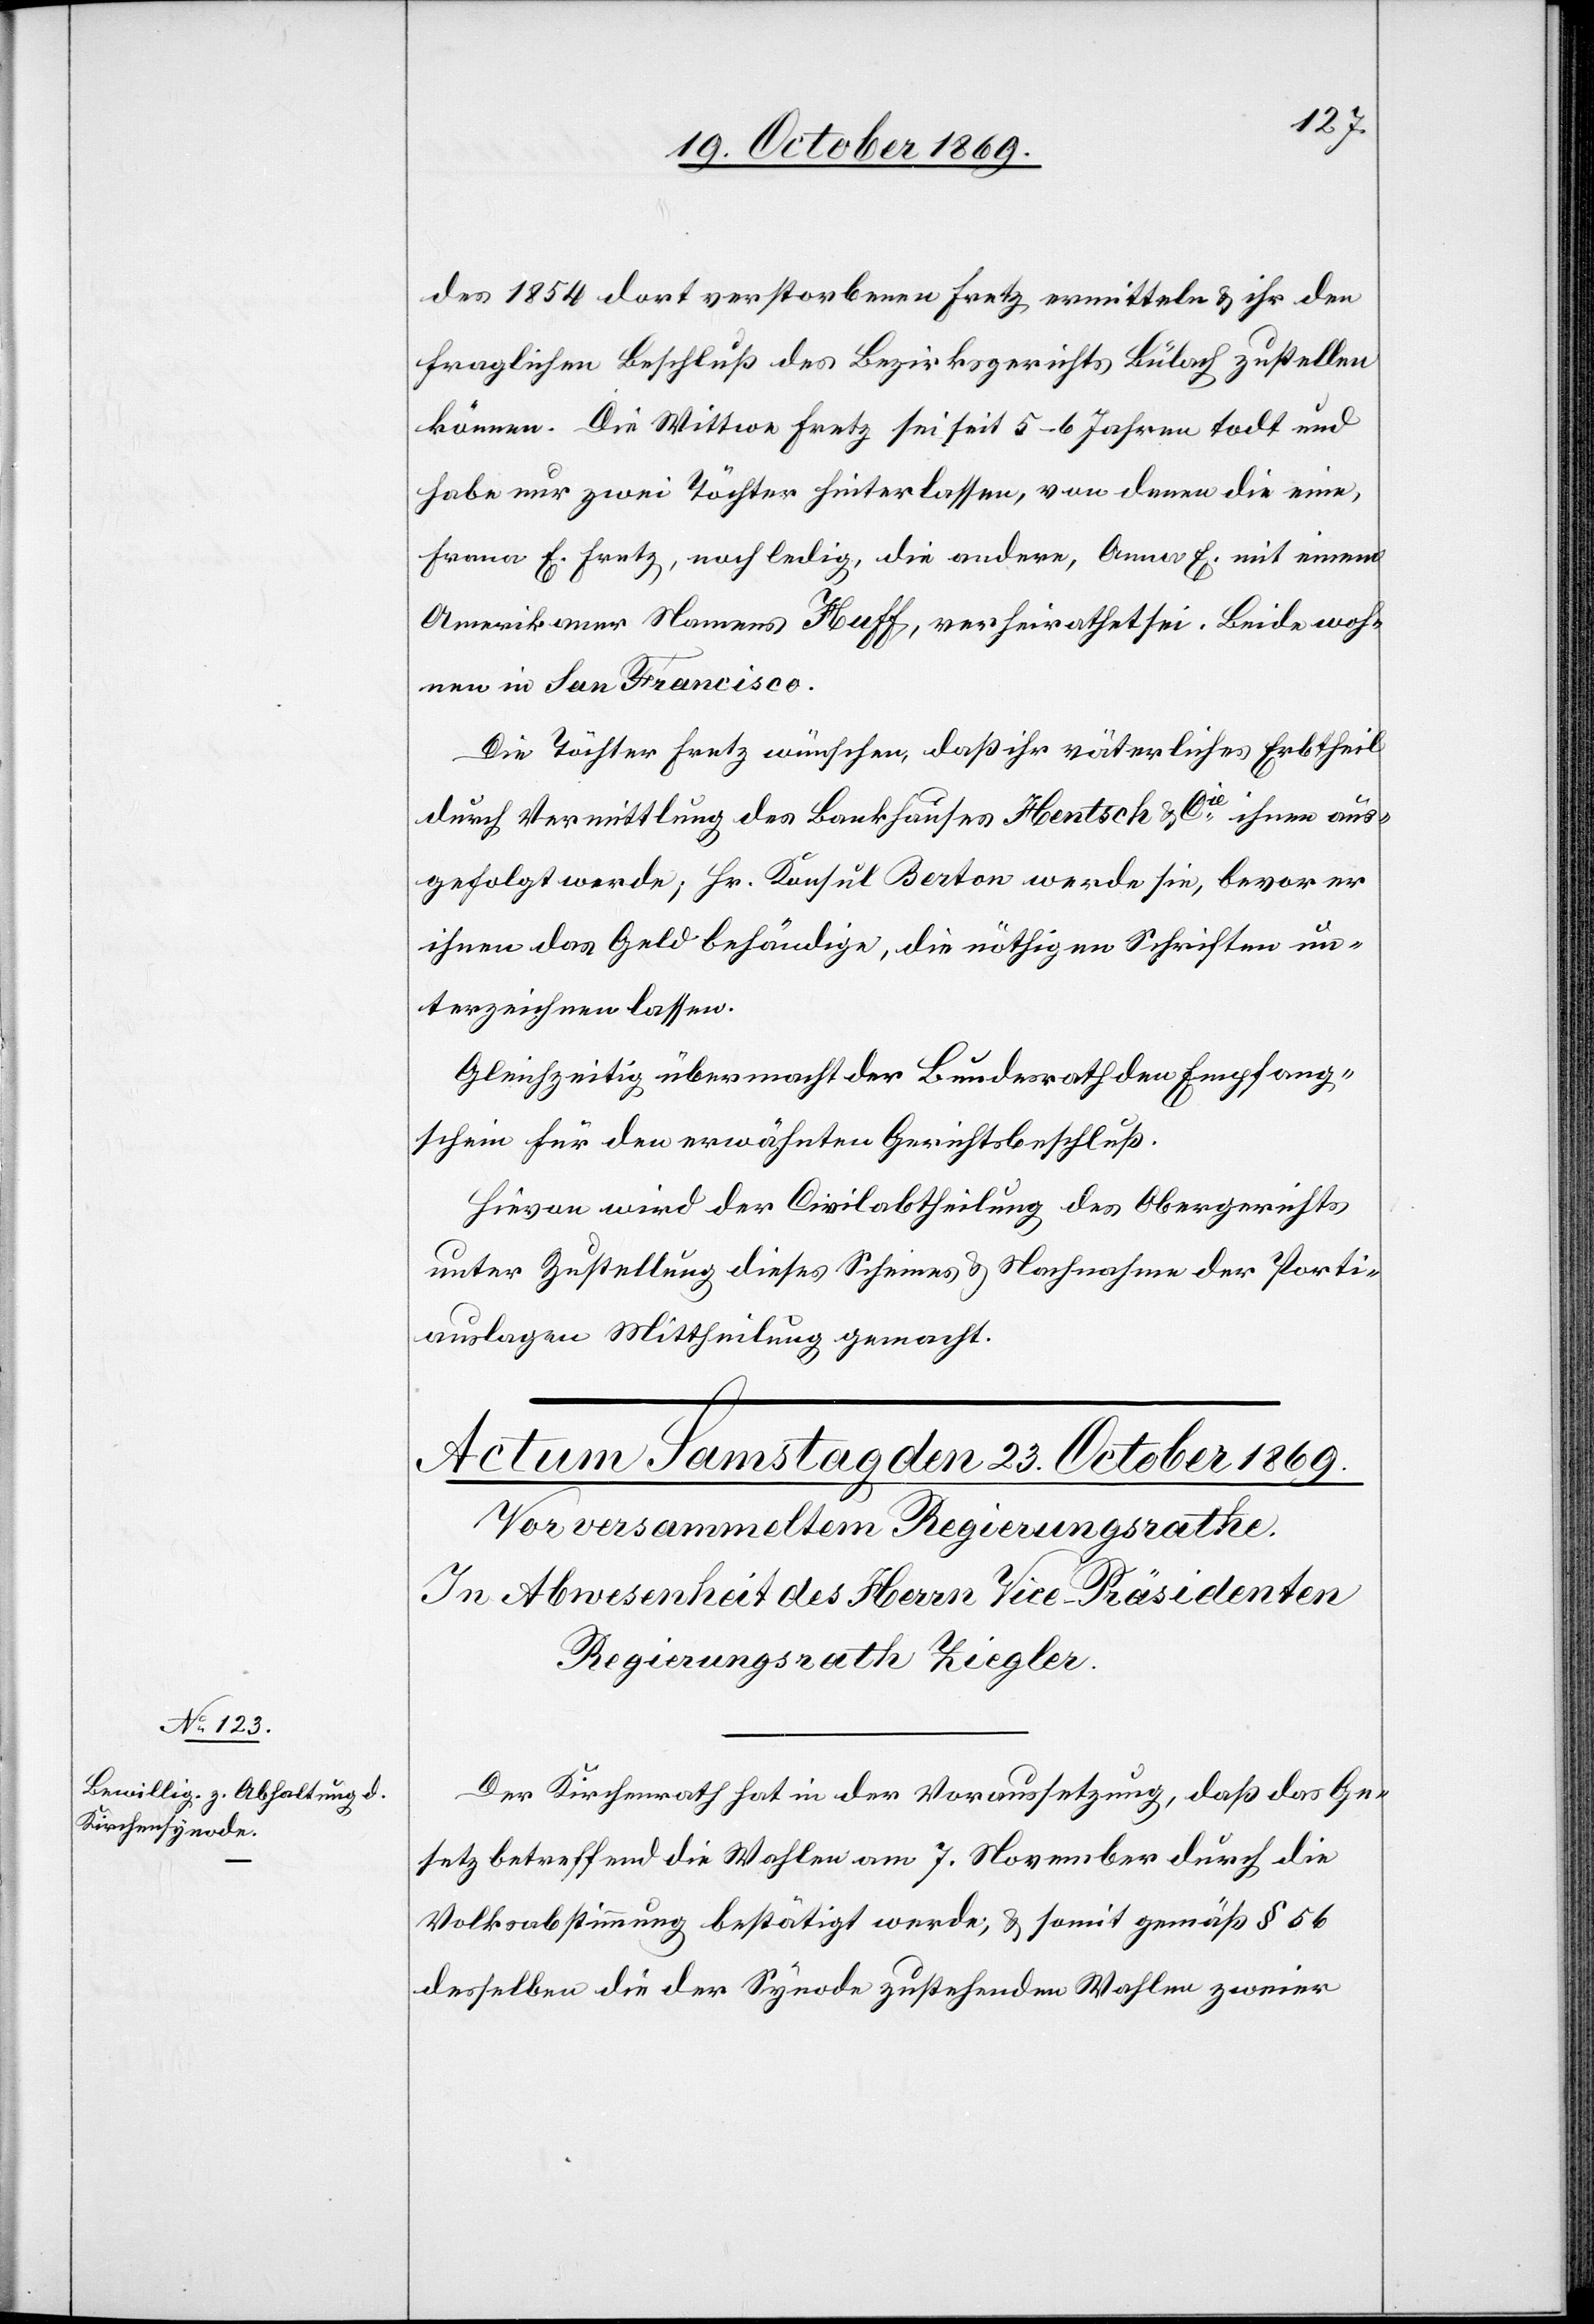
des 1854 dort verstorbenen Fretz ermitteln & ihr den
fraglichen Beschluß des Bezirksgerichts Bülach zustellen
können. Die Wittwe Fretz sei seit 5–6 Jahren todt und
habe nur zwei Töchter hinterlassen, von denen die eine,
Frana E. Fretz, noch ledig, die andere, Anna E. mit einem
Amerikaner Namens Huff, verheirathet sei. Beide woh¬
nen in San Francisco.
Die Töchter Fretz wünschen, daß ihr väterliches Erbtheil
durch Vermittlung des Bankhauses Hentsch & Cie ihnen aus¬
gefolgt werde; Hr. Konsul Berton werde sie, bevor er
ihnen das Geld behändige, die nöthigen Schriften un¬
terzeichnen lassen.
Gleichzeitig übermacht der Bundesrath den Empfang¬
schein für den erwähnten Gerichtsbeschluß.
Hievon wird der Civilabtheilung des Obergerichts
unter Zustellung dieses Scheines & Nachnahme der Porti¬
auslagen Mittheilung gemacht.
Der Kirchenrath hat in der Voraussetzung, daß das Ge¬
setz betreffend die Wahlen am 7. November durch die
Volksabstimmung bestätigt werde, & somit gemäß § 56
desselben die der Synode zustehenden Wahlen zweier